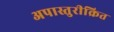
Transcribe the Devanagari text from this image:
अपास्तुरीक्रित